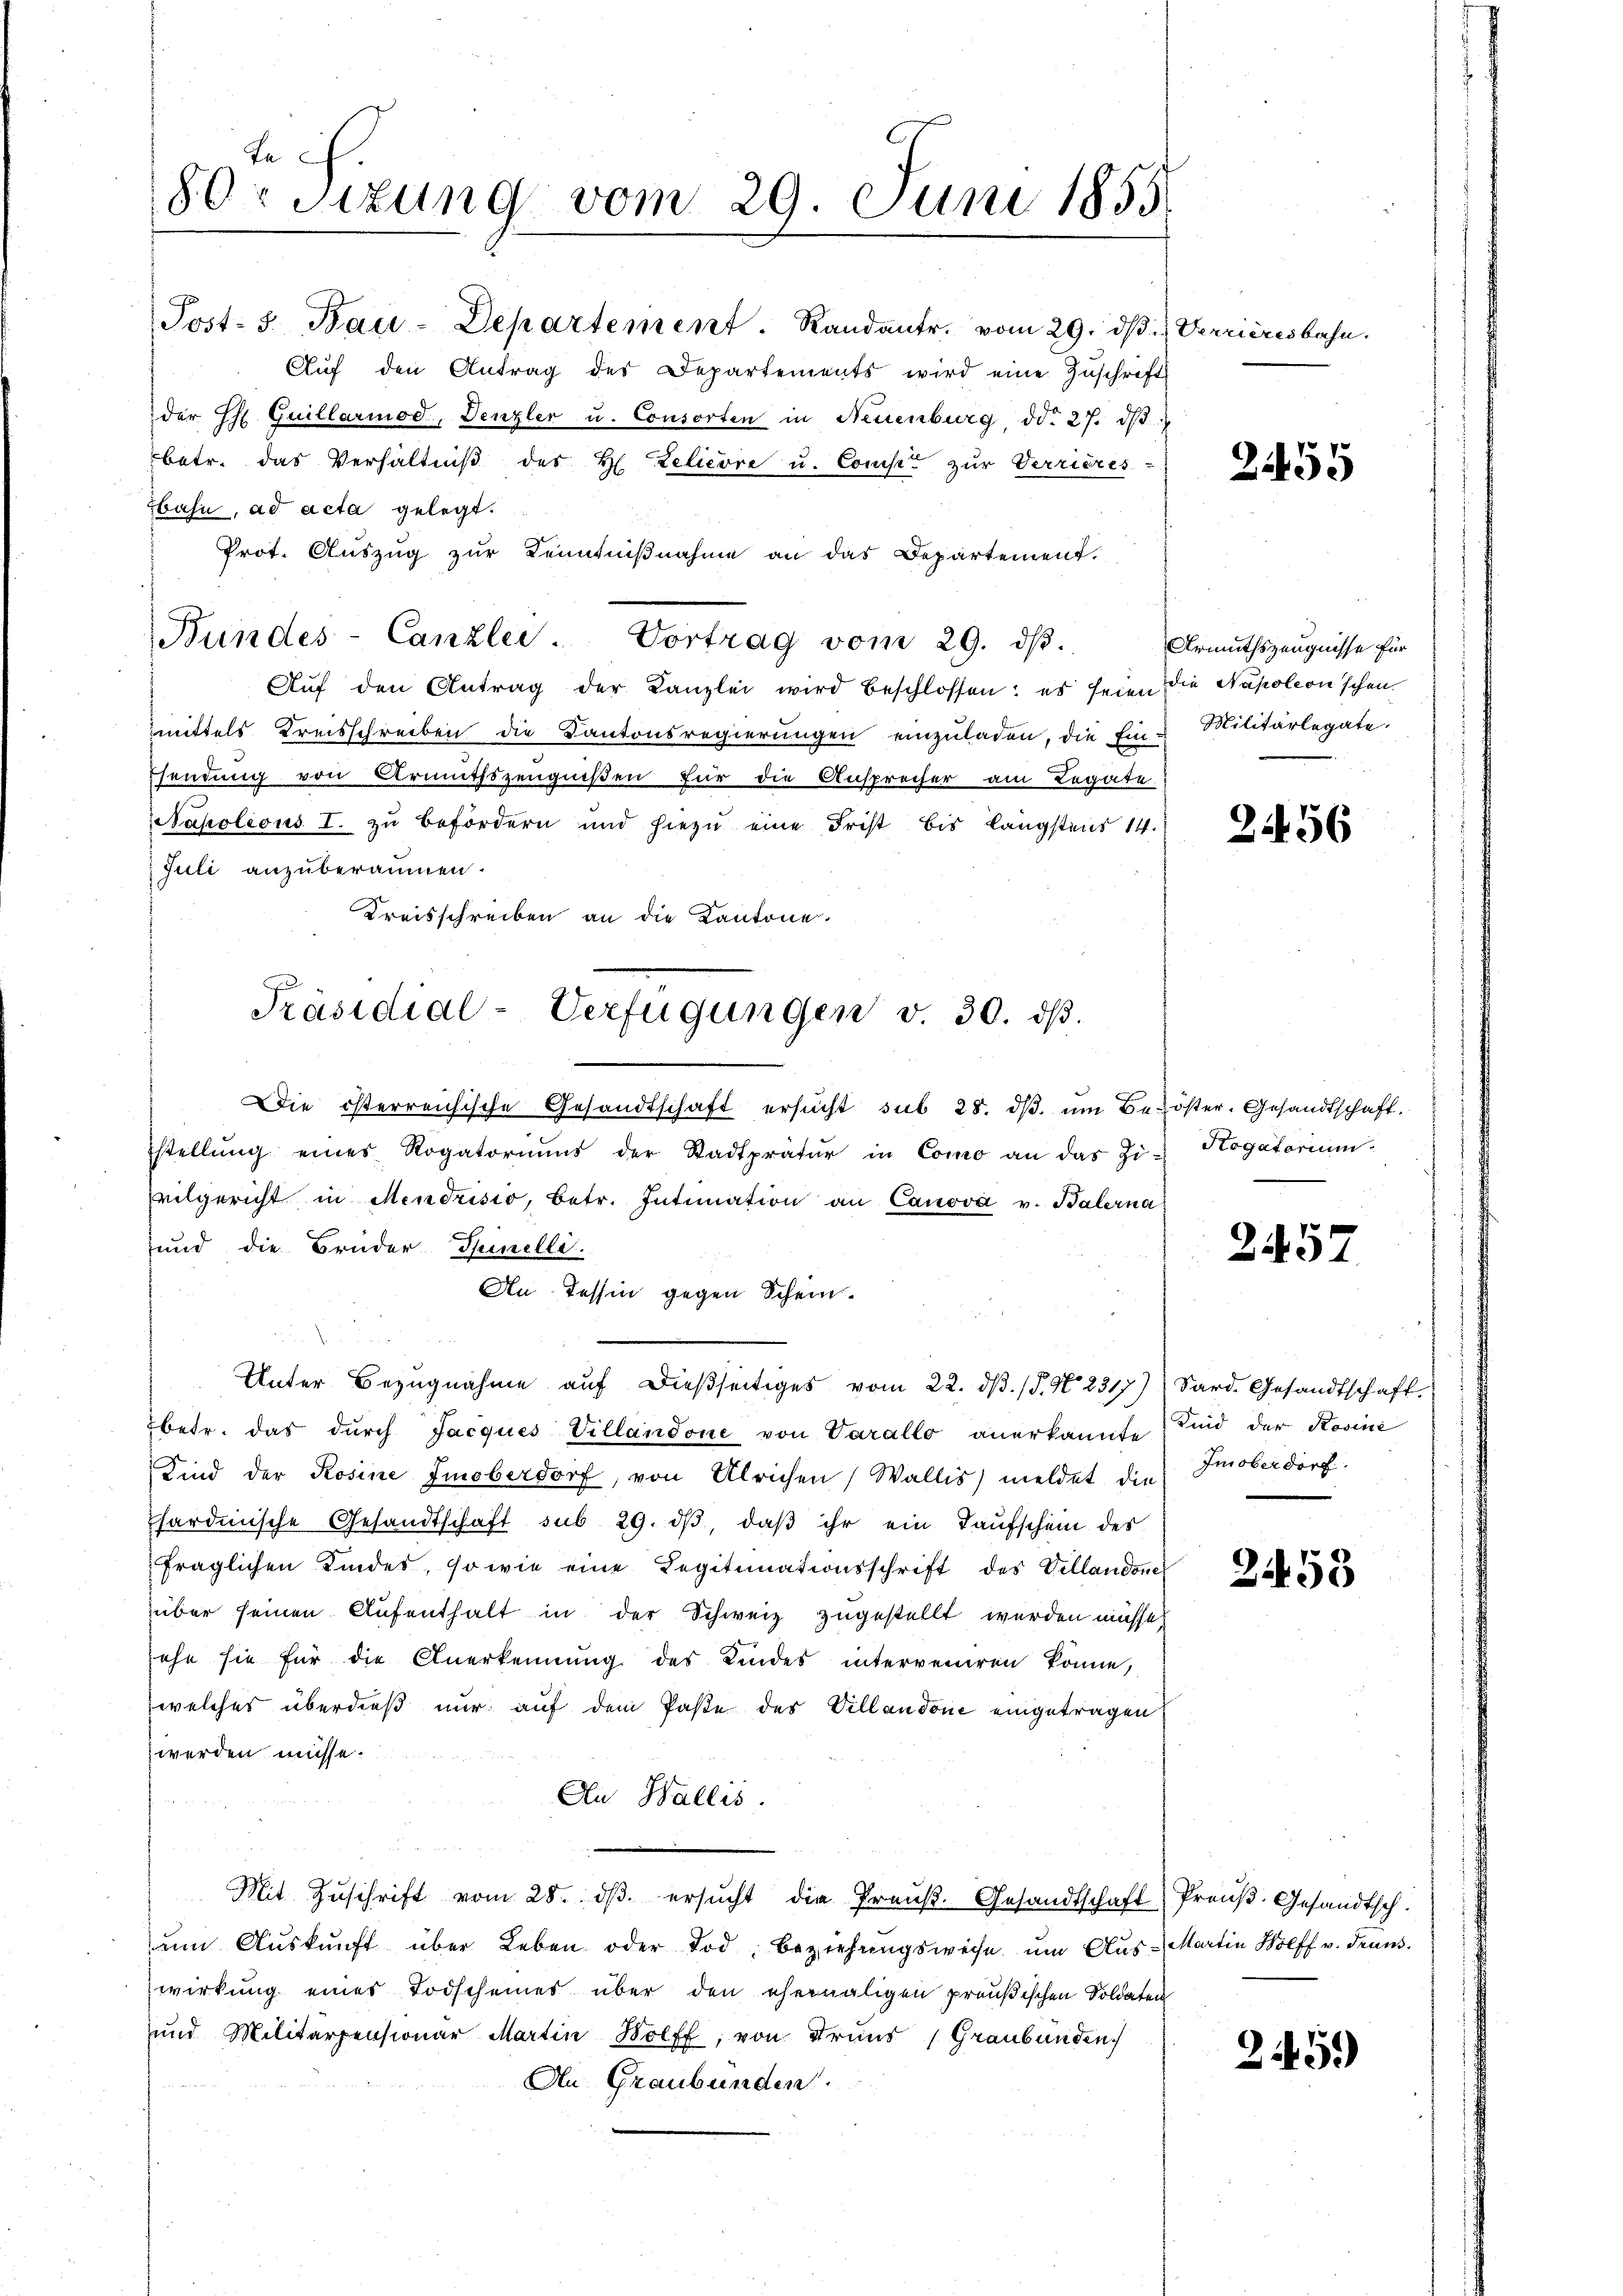
te .
80r Situng vom 29. Juni 1855.

Post- 3. Bau-Departement. Randantr. vom 29. dβ. Verrieresbahn.
Aŭf den Antrag des Departements wird eine Zŭschrift
der Thl. Guillarmod, Denzler u. Consorten in Neuenburg, d. 27. dβ
betr. das Verhältniß des H. Zelicore u. Comp. zur Verrieres
Hahn, ad acta gelegt.
Prot. Auszug zur Kenntniβnahme an das Departement.
Bundes-Canzlei. Vortrag vom 29. dβ.
Aŭf den Antrag der Kanzlei wird beschlossen: es seien die Napoleon schen
mittels Kreisschreiben die Kantonsregierŭngen einzŭladen, die Ein-Militärlegate.
sendung von Armutszeugnißen für die Ansprecher am Legate
apoleons I. zu befördern und hiezu eine Frist bis längstens 14.
Juli anzuberaumen.
Kreisschreiben an die Kantone.

Präsidial-Verfügungen v. 30. dβ.

Die österreichische Gesandtschaft ersŭcht sub 28. dβ ŭm Bezöster- Gesandtschaft.
stellŭng eines Rogatoriŭms der Stadtprätur in Como an das Zi-Hogatorium
vilgericht in Mendrisio, betr. Intimation an Canova v. Balerna
und die Bruder Spinelle
An Tessin gegen Schein.
Unter Bezugnahme aŭf dießseitiges vom 22. dβ. /5. No 2317) Sard. Gesandtschaft.
betr. das durch Jacques Villandone von Varallo anerkannte sind der Rosini
Sind der Rosine Emoberdorf, von Ulrichen Wallis) meldet die oberdorf
sardinische Gesandtschaft sub 29. dβ, daβ ihr ein Taufschein des
fraglichen Kindes, so wie eine Legitimationsschrift des Vellandone
über seinen Aufenthalt in der Schweiz zugestellt werden müsse,
sehe sie für die Anerkennung des Kindes interveniren könne,
welches überdieß nur auf dem Paste des Villandone eingetragen
werden müsse.
An Wallis.
Mit Zŭschrift vom 28. dβ. ersŭcht die Preuß. Gesandtschaft Preuß. Gesandtsch.
ŭm Aŭskŭnft über Leben oder Tod, Beziehungsweise um Aus-Martin Wolff u. denn
wirkung eines Todscheines über den ehemaligen preußischen Soldaten
und Militärpensionar Martin Wolff, von Grund Graubünden.
An Graubünden.

2455

Armuthszeugnisse für

2456

2457

2453

245.